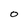
Character: o